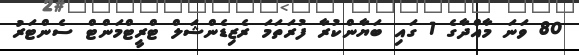
80 ވަނަ މާއްދާގެ 1 ގައި ބަޔާންކުރާ ފުރަތަމަ ރެޒިޑެންޝަލް ޓްރީޓްމަންޓް ސެންޓަރު